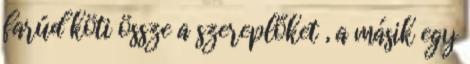
farúd köti össze a szereplőket , a másik egy